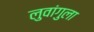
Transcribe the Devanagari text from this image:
लुवांगुला